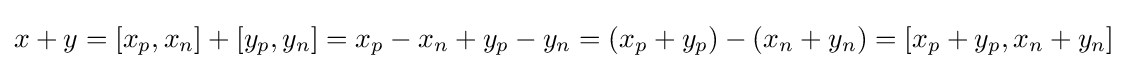
x+y=[x_{p},x_{n}]+[y_{p},y_{n}]=x_{p}-x_{n}+y_{p}-y_{n}=(x_{p}+y_{p})-(x_{n}+y_{n})=[x_{p}+y_{p},x_{n}+y_{n}]